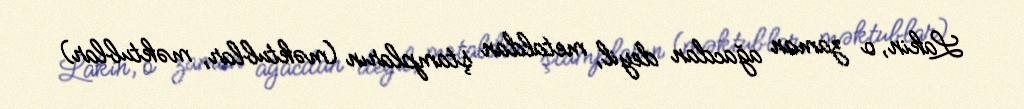
Lakin, o zaman ağacdan deyil, metaldan ştampların (məktublar, məktublar)